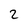
Character: 2